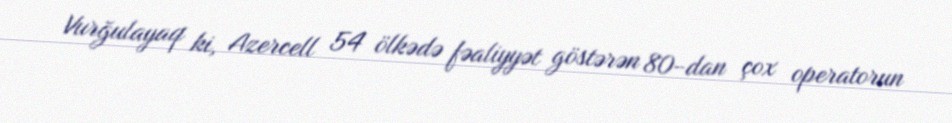
Vurğulayaq ki, Azercell 54 ölkədə fəaliyyət göstərən 80-dan çox operatorun